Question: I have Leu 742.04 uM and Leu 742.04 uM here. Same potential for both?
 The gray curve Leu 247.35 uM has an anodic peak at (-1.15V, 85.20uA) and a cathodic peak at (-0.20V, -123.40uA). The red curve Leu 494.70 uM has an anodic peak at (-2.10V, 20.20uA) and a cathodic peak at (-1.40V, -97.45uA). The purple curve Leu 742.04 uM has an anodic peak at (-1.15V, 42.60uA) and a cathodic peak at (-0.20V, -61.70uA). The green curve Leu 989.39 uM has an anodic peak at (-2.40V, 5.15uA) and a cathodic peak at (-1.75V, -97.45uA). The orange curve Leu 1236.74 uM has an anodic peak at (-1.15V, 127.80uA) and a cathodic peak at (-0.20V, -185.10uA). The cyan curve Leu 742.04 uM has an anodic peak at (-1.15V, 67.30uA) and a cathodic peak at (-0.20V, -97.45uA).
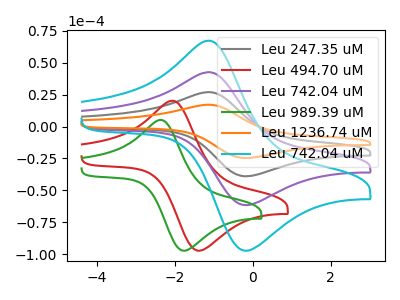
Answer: <think>All the peaks in "Leu 742.04 uM" have a peak in "Leu 742.04 uM" at the same potential. Every peak in "Leu 742.04 uM" is higher than every peak in "Leu 742.04 uM".
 </think>
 <answer>"Leu 742.04 uM" and "Leu 742.04 uM" are similar in shape.</answer>
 <eval>same_shape</eval>